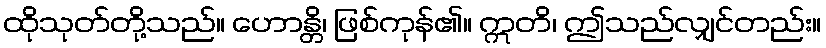
ထိုသုတ်တို့သည်။ ဟောန္တိ၊ ဖြစ်ကုန်၏။ ဣတိ၊ ဤသည်လျှင်တည်း။